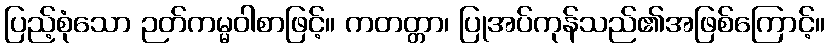
ပြည့်စုံသော ဉတ်ကမ္မဝါစာဖြင့်။ ကတတ္တာ၊ ပြုအပ်ကုန်သည်၏အဖြစ်ကြောင့်။